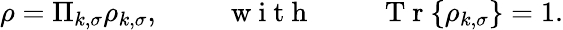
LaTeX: \rho=\Pi_{k,\sigma}\rho_{k,\sigma},\mathrm{~\qquad~w~i~t~h~\qquad~}\mathrm{~T~r~}\{ \rho_{k,\sigma}\} =1.